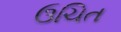
ઉચિત